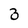
Character: 3